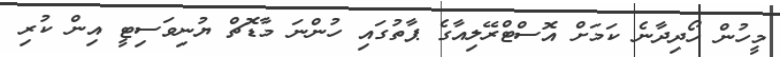
މީހުން ހޯދިދާނެ ކަމަށް އޮސްޓްރޭލިއާގެ ޕާތުގައި ހުންނަ މާޑޮޗް ޔުނިވަސިޓީ އިން ކުރި